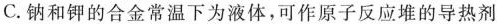
C.钠和钾的合金常温下为液体，可作原子反应堆的导热剂